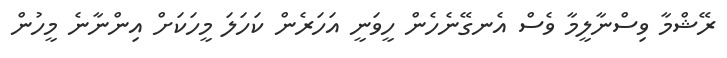
ރޭޝްމާ ވިސްނާލީމާ ވެސް އެނގޭނެހެން ހީވަނީ އަހަރެން ކަހަލަ މީހަކަށް އިންނާނެ މީހުން